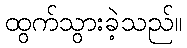
ထွက်သွားခဲ့သည်။